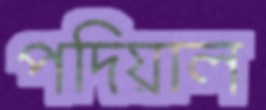
পদিয়াল